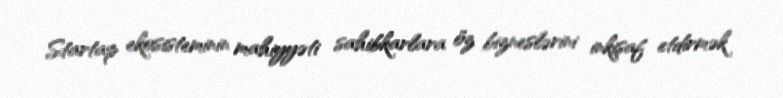
Startap ekosisteminin mahiyyəti sahibkarlara öz bizneslərini inkişaf etdirmək